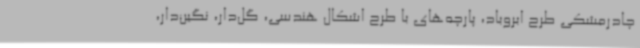
چادر‌مشکی طرح ابروباد، پارچه‌های با طرح اشکال هندسی، گل‌دار، نگین‌دار،